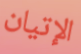
الإتيان